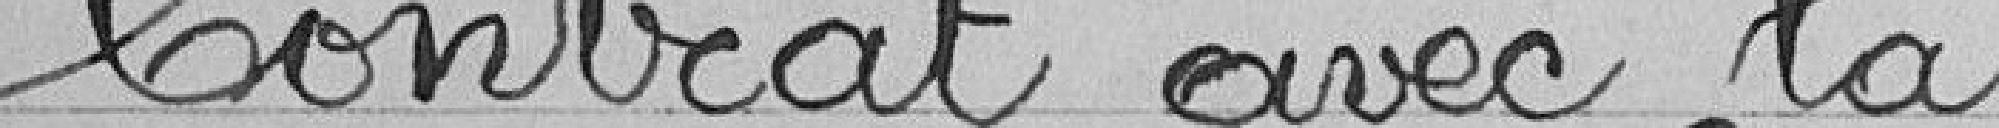
Contrat avec la